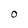
Character: 0